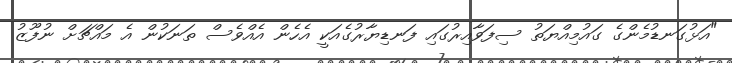
"އަޅުގަނޑުމެންގެ ގައުމިއްޔަތު ސިފަވާއިރުގައި ފަނޑިޔާރުގެއަކީ އެހެން އެއްވެސް ތަނަކުން އެ މައްޗަށް ނުފޫޒު